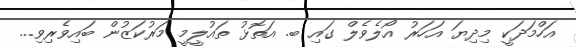
އަހްމަދަކީ މިދިޔަ އަހަރު އޯލެވެލް ގައި ބ. އަތޮޅު ތައުލީމީ މަރުކަޒުން ބައިވެރިވި...